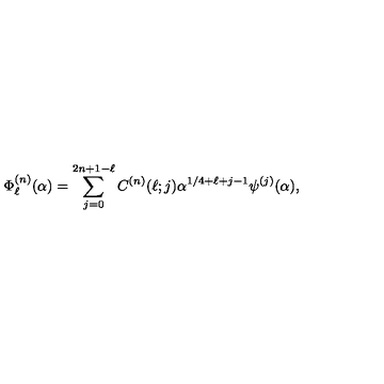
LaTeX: \Phi _ { \ell } ^ { ( n ) } ( \alpha ) = \sum _ { j = 0 } ^ { 2 n + 1 - \ell } C ^ { ( n ) } ( \ell ; j ) \alpha ^ { 1 / 4 + \ell + j - 1 } \psi ^ { ( j ) } ( \alpha ) ,